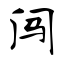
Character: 闯